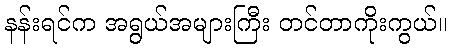
နန်းရင်က အရွယ်အများကြီး တင်တာကိုးကွယ်။